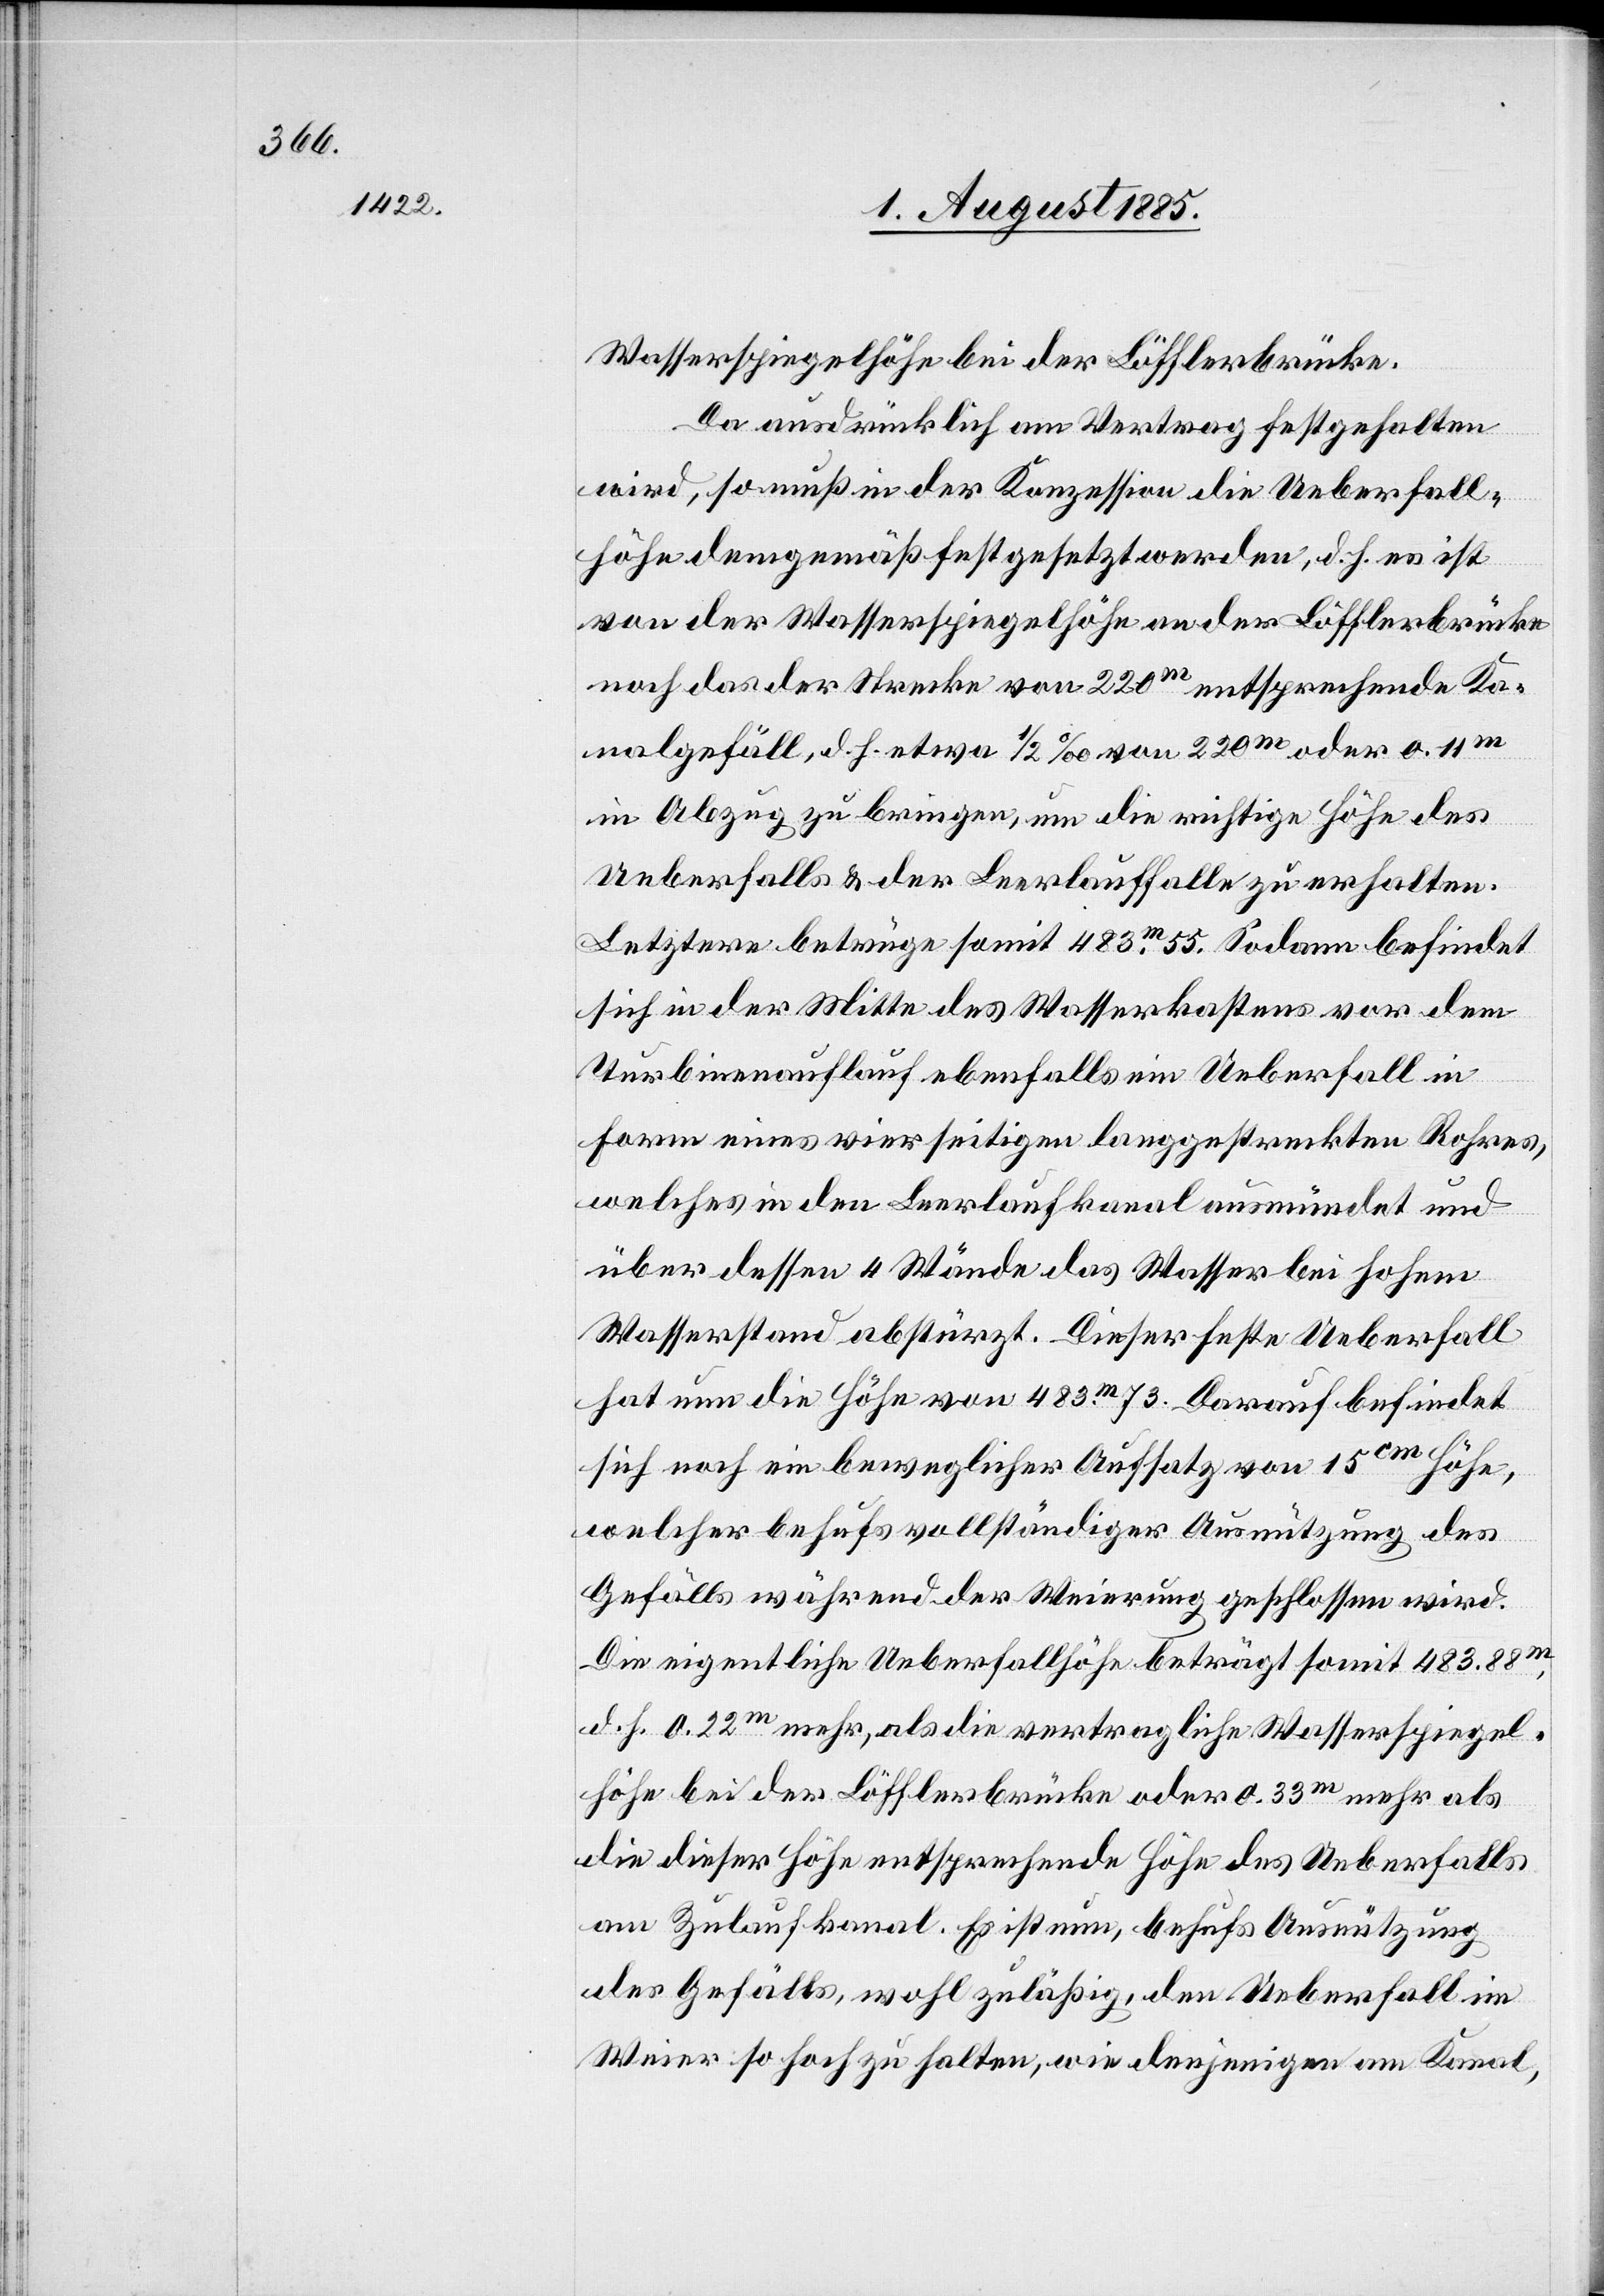
Wasserspiegelhöhe bei der Löfflerbrücke.
Da ausdrücklich am Vertag festgehalten
wird, so muß in der Konzession die Ueberfall¬
höhe demgemäß fest gesetzt werden, d. h. es ist
von der Wasserspiegelhöhe an der Löfflerbrücke
noch das der Strecke von 220m entsprechende Ka¬
nalgefäll, d. h. etwa 1/2‰ von 220m oder 0.11m
in Abzug zu bringen, um die richtige Höhe des
Ueberfalls & der Leerlauffalle zu erhalten.
Letztere betrüge somit 483m55. Sodann befindet
sich in der Mitte des Wasserkastens vor dem
Turbinenauflauf ebenfalls ein Ueberfall in
Form eines vierseitigen Langgestreckten Rohres,
welches in den Leerlaufkanal ausmündet und
über dessen 4 Wände das Wasser bei hohem
Wasserstand abstürzt. Dieser feste Ueberfall
hat nun die Höhe von 483m73. Darauf befindet
sich noch ein beweglicher Aufsatz von 15cm
welcher behufs vollständiger Ausnutzung des
Gefälls während der Weierung geschlossen wird.
Die eigentliche Ueberfallhöhe beträgt somit 483.88m,
d. h. 0.22m mehr, als die vertragliche Wasserspiegel¬
höhe bei der Löfflerbrücke oder 0.33m mehr als
die dieser Höhe entsprechende Höhe des Ueberfalls
am Zulaufkanal. Es ist nun, behufs Ausnützung
des Gefälls, wohl zuläßig, den Ueberfall im
Weier so hoch zu halten, wie derjenige am Kanal,